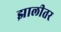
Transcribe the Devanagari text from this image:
झालीतर